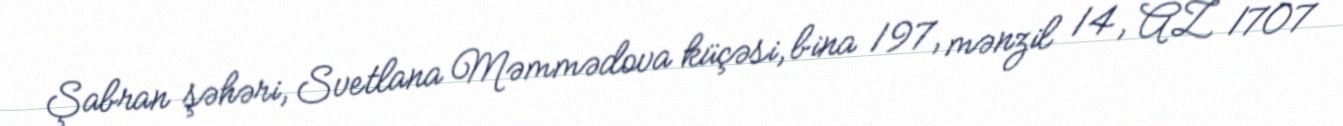
Şabran şəhəri, Svetlana Məmmədova küçəsi, bina 197, mənzil 14, AZ 1707